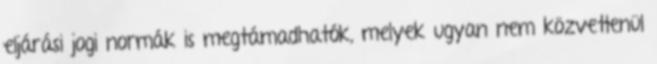
eljárási jogi normák is megtámadhatók, melyek ugyan nem közvetlenül